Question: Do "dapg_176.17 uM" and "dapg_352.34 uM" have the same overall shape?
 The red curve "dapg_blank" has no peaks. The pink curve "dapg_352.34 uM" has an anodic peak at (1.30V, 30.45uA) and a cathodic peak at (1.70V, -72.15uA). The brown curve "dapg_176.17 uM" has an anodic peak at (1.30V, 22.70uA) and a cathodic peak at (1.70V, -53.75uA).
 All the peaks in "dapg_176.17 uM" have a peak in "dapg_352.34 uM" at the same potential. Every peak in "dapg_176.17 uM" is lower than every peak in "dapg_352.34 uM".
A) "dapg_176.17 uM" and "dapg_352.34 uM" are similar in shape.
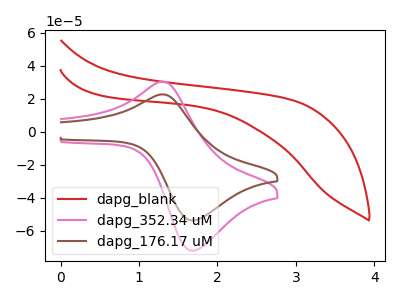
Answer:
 <answer>A) "dapg_176.17 uM" and "dapg_352.34 uM" are similar in shape.</answer>
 <eval>A</eval>